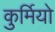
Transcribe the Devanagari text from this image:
कुर्मियो